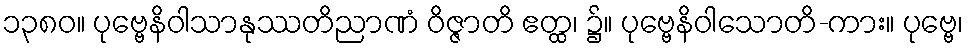
၁၃၈၀။ ပုဗ္ဗေနိဝါသာနုဿတိညာဏံ ဝိဇ္ဇာတိ ဧတ္ထ၊ ၌။ ပုဗ္ဗေနိဝါသောတိ-ကား။ ပုဗ္ဗေ၊